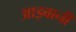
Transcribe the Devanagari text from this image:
आइवानी